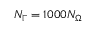
N _ { \Gamma } = 1 0 0 0 N _ { \Omega }